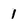
Character: 1